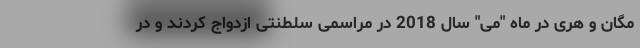
مگان و هری در ماه "می" سال 2018 در مراسمی سلطنتی ازدواج کردند و در